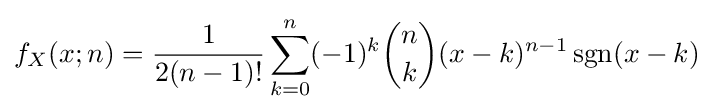
f_{X}(x;n)={\frac {1}{2(n-1)!}}\sum _{k=0}^{n}(-1)^{k}{n \choose k}(x-k)^{n-1}\operatorname {sgn} (x-k)